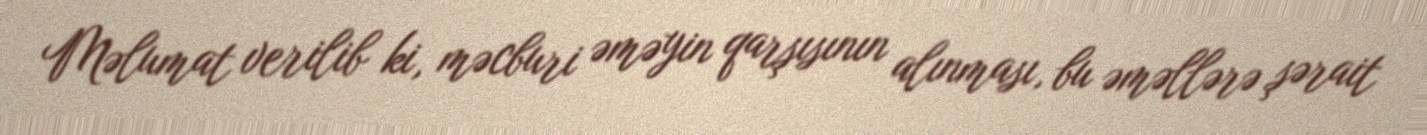
Məlumat verilib ki, məcburi əməyin qarşısının alınması, bu əməllərə şərait